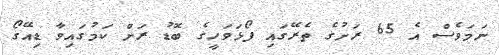
ނަމަވެސް އެ 65 ރަށުގެ ތެރޭގައި ފޯޅަވަހީގެ ބޮޑު ރަށް ކަމުގައިވާ ޑިއޭގޯ